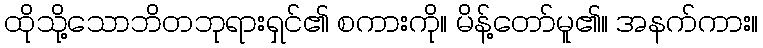
ထိုသို့သောဘိတဘုရားရှင်၏ စကားကို။ မိန့်တော်မူ၏။ အနက်ကား။